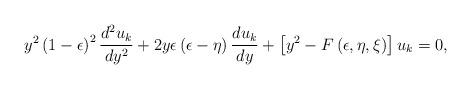
LaTeX: \begin{align*}y^2 \left(1 - \epsilon\right)^2 {d^2 u_k \over d y^2} + 2 y \epsilon \left(\epsilon - \eta\right) {d u_k \over d y} + \left[y^2 - F\left(\epsilon, \eta, \xi\right)\right] u_k = 0,\end{align*}